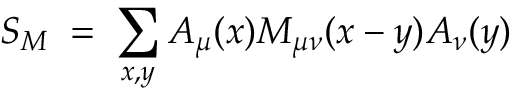
S _ { M } \; = \; \sum _ { x , y } A _ { \mu } ( x ) M _ { \mu \nu } ( x - y ) A _ { \nu } ( y )